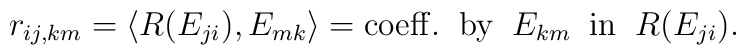
r_{ij,km}=\langle R(E_{ji}),E_{mk}\rangle={\rm coeff.\;\;by\;\;}E_{km}{\rm\;\;in\;\;}R(E_{ji}).